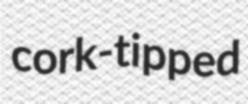
cork-tipped